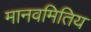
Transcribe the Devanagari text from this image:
मानवमितिय